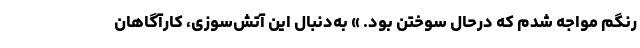
رنگم مواجه شدم که درحال سوختن بود. » به‌دنبال این آتش‌سوزی، کارآگاهان